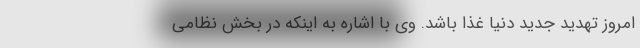
امروز تهدید جدید دنیا غذا باشد. وی با اشاره به اینکه در بخش نظامی